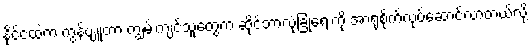
နိုင်ငံထဲက ကွန်ပျူတာ ကျွမ်းကျင်သူတွေက ဆိုင်ဘာလုံခြုံရေးကို အာရုံစိုက်လုပ်ဆောင်လာတယ်လို့